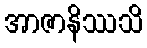
အာဇာနိဿသိ